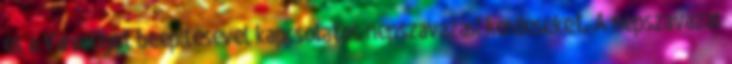
és a Városliget beépítésével kapcsolatos népszavazási kérdéseket. A népszavazás